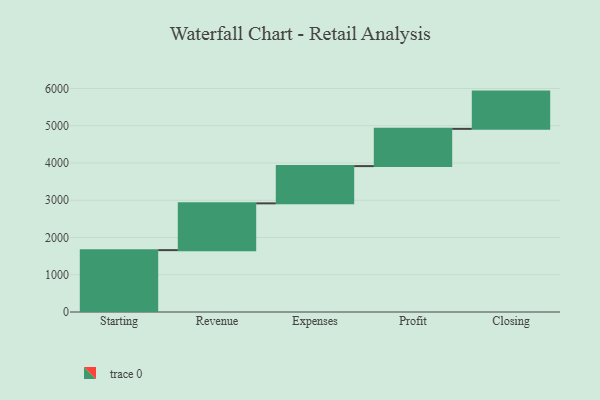
{"axis": {"x": "Step", "y": "Value"}, "legend": [""], "data": [{"x": "Starting", "y": 1661.0, "type": ""}, {"x": "Revenue", "y": 1256.0, "type": ""}, {"x": "Expenses", "y": 1000, "type": ""}, {"x": "Profit", "y": 1000, "type": ""}, {"x": "Closing", "y": 1000, "type": ""}]}